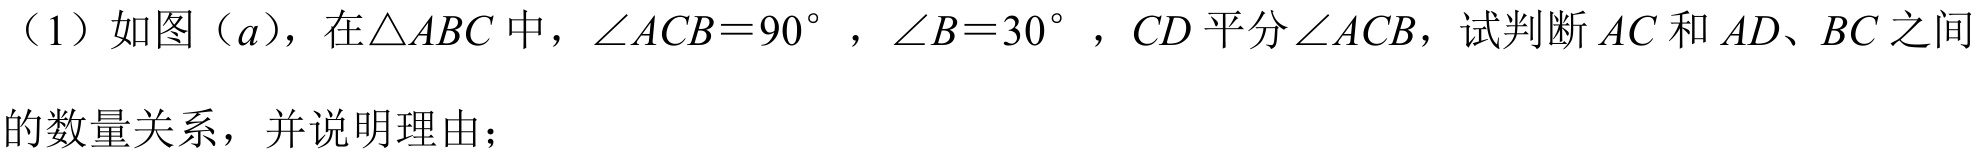
（1）如图（\(a\)），在\(\triangle ABC\)中，\(\angle ACB = 90^{\circ}\)，\(\angle B = 30^{\circ}\)，\(CD\)平分\(\angle ACB\)，试判断\(AC\)和\(AD\)、\(BC\)之间的数量关系，并说明理由；